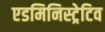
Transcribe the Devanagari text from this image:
एडमिनिस्ट्रेटिव